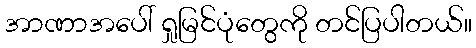
အာဏာအပေါ် ရှုမြင်ပုံတွေကို တင်ပြပါတယ်။